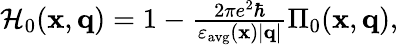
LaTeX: \begin{array}{r}{\mathcal{H}_{0}(\mathbf{x},\mathbf{q})=1-\frac{2\pi e^{2}\hbar}{\varepsilon_{\mathrm{avg}}(\mathbf{x})|\mathbf{q}|}\Pi_{0}(\mathbf{x},\mathbf{q}),}\end{array}